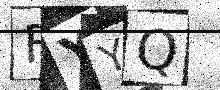
Text: FYYQ